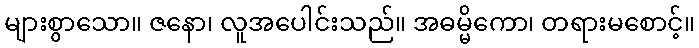
များစွာသော။ ဇနော၊ လူအပေါင်းသည်။ အဓမ္မိကော၊ တရားမစောင့်။